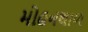
મોહનથાળ